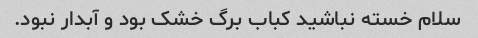
سلام خسته نباشید کباب برگ خشک بود و آبدار نبود.